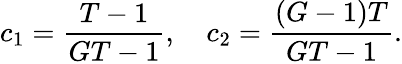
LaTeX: c_{1}=\frac{T-1}{GT-1},\quad c_{2}=\frac{(G-1)T}{GT-1}.